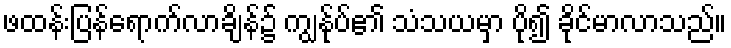
ဖထန်းပြန်ရောက်လာချိန်၌ ကျွန်ုပ်၏ သံသယမှာ ပို၍ ခိုင်မာလာသည်။